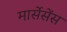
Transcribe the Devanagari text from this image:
मार्सेसेंस